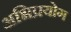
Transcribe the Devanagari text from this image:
अभिप्रयोग